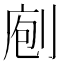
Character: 𠝇